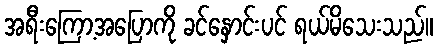
အရီးကြော့အပြောကို ခင်နှောင်းပင် ရယ်မိသေးသည်။